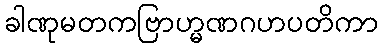
ခါဏုမတကဗြာဟ္မဏဂဟပတိကာ